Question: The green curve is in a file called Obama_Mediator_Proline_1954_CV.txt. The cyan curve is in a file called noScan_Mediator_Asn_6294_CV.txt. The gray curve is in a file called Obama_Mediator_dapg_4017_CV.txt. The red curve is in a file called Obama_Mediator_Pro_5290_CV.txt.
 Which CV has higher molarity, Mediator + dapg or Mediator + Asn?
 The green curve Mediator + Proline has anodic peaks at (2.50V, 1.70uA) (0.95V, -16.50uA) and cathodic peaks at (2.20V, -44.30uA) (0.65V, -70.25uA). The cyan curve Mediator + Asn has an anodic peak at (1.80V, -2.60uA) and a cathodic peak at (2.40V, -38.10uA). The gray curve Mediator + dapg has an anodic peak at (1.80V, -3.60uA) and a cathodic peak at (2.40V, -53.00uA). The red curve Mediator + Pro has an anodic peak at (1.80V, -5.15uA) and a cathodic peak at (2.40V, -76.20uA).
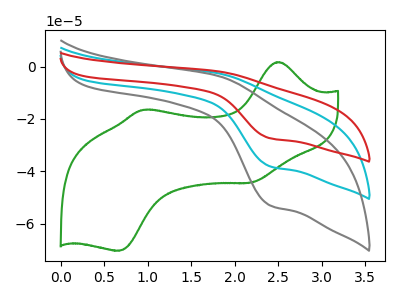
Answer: <think>All the peaks in "Mediator + dapg" have a peak in "Mediator + Asn" at the same potential.
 </think>
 <answer>I cant tell if "Mediator + dapg" or "Mediator + Asn" has higher concentration.</answer>
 <eval>mixed_concentration</eval>